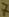
Text: 7